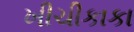
ખીચીકાકા